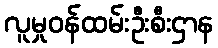
လူမှုဝန်ထမ်းဦးစီးဌာန